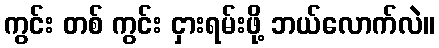
ကွင်း တစ် ကွင်း ငှားရမ်းဖို့ ဘယ်လောက်လဲ။